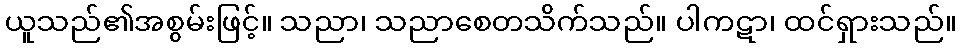
ယူသည်၏အစွမ်းဖြင့်။ သညာ၊ သညာစေတသိက်သည်။ ပါကဋာ၊ ထင်ရှားသည်။